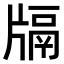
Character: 𤗦